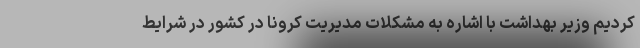
کردیم وزیر بهداشت با اشاره به مشکلات مدیریت کرونا در کشور در شرایط